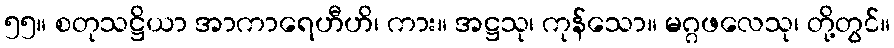
၅၅။ စတုသဋ္ဌိယာ အာကာရေဟီဟိ၊ ကား။ အဋ္ဌသု၊ ကုန်သော။ မဂ္ဂဖလေသု၊ တို့တွင်။